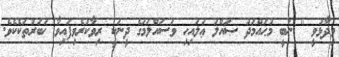
ވިދާޅުވީ '' ނަބީ މުޙައްމަދު ޞައްލަ ޢަލައިހި ވަސައްލަމަގެ ދީނަކީ ރިވާކުރެވިފައިވާ ޚަބަރުތަކެކެވެ.